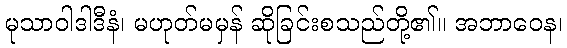
မုသာဝါဒါဒီနံ၊ မဟုတ်မမှန် ဆိုခြင်းစသည်တို့၏။ အဘာဝေန၊